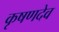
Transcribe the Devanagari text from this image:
कृषणदेव